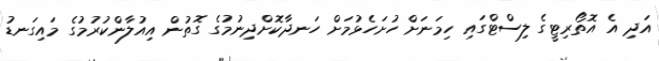
އަދި އެ އޮތޯރިޓީގެ ލިސްޓްގައި ހިމަނަށް ހުށަހެޅުމަށް ހަނދާކޮށްދިނުމުގެ ގޮތުން އިއުލާންކުރުމުގެ މައިގަނޑު